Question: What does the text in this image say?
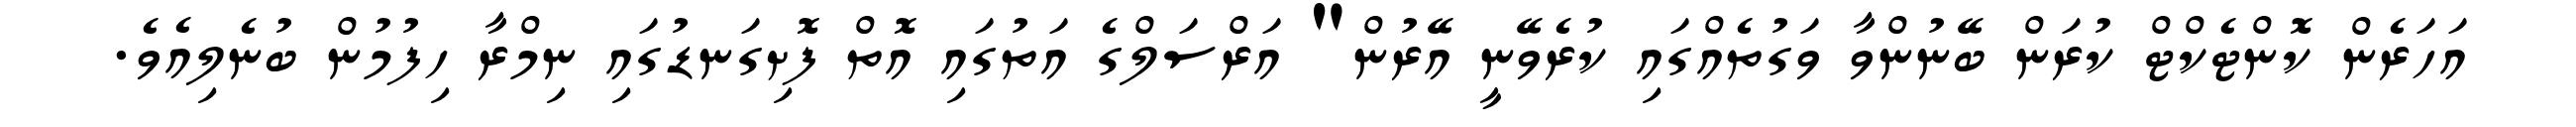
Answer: އަހަރެން ކޮންޓެކްޓް ކުރަން ބޭނުންވާ ވަގުތެއްގައި ކުރެވޭނީ އޭރުން" އަރްސަލްގެ އަތުގައި އޮތް ފޮށިގަނޑުގައި ނިމްރާ ހިފުމުން ބުނެލިއެވެ.